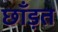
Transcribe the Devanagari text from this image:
छाँड़त